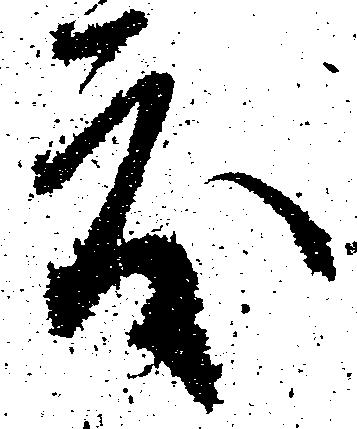
度